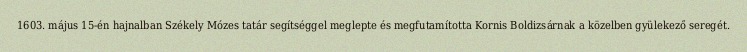
1603. május 15-én hajnalban Székely Mózes tatár segítséggel meglepte és megfutamította Kornis Boldizsárnak a közelben gyülekező seregét.